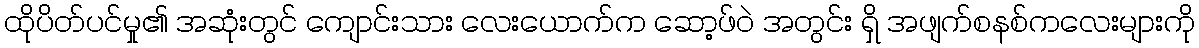
ထိုပိတ်ပင်မှု၏ အဆုံးတွင် ကျောင်းသား လေးယောက်က ဆော့ဖ်ဝဲ အတွင်း ရှိ အဖျက်စနစ်ကလေးများကို